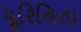
પૂરિનિતા